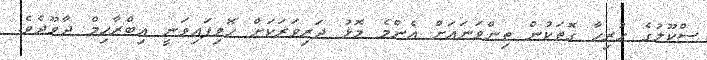
ސްކޫލުގެ ހުރިހާ ގޮތަކުން ތިންވަނައަށް އެންމެ މޮޅު ދަރިވަރަކަށް ހޮވިފައިވަނީ އިބްރާހިމް ދާވޫދެވެ.